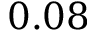
0 . 0 8